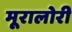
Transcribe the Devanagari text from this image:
मूरालोरी